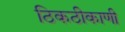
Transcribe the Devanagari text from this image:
ठिकठीकाणी